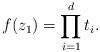
LaTeX: \begin{align*}f(z_1)=\prod_{i=1}^dt_{i}.\end{align*}